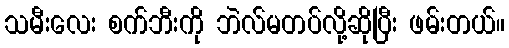
သမီးလေး စက်ဘီးကို ဘဲလ်မတပ်လို့ဆိုပြီး ဖမ်းတယ်။